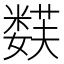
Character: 𱾪